Indian Medical Review
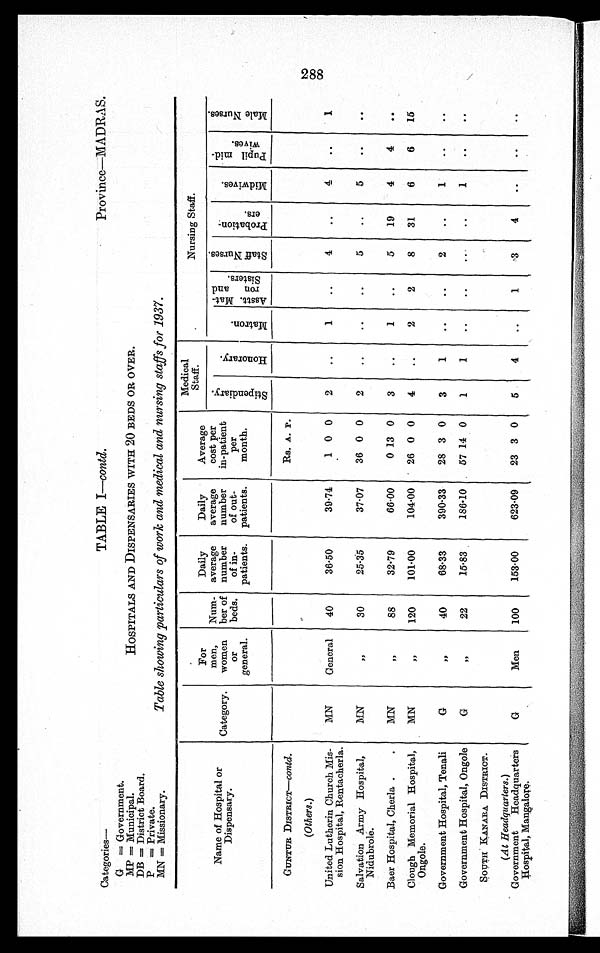
Lady Goschen Hospital, Man-
galore.
(Others.)
G
Women
60
97-25
260.85
29 2 0
2
1
..
..
3
. .
2
9
. .
Government Hospital, Udipi.
G
General
30
44.07
227.48
31 10 7
2
1
. .
. .
1
..
1
..
..
Government Hospital, Puttur.
G
„
20
19.00
116.91
52 8 5
2
..
..
..
..
..
1
..
. .
KISTNA DISTRICT.
(At Headquarters.)
Government Headquarters
Hospital, Masulipatam.
(Others.)
G
General
109
179.01
238.33
18 0 8
5
..
..
..
7
..
2
..
..
Government Hospital, Bez-
wada.
G
"
53
51.93
244.15
40 11 0
3
. . ..
..
2
..
1
. .
. .
Mission Hospital, Vuyyur.
MN
Women
50
37.00
37.00
120 0 0
2
..
1
..
4
..
1
..
..
Mission Hospital, Nuzvid.
MN
General
45
26.00
20.00
90 0 0
2
..
1
1
2
16
..
. .
. .
KURNOOL DISTRICT.
(At Headquarters.)
Government Headquarters
Hospital, Kurnool.
G
100
109.18
163.70
31 12 1
5
1
..
..
a 6
..
1
..
..
St. Teresa Hospital, Kurnool
MN
Women
40
40.00
150.00
..
1
. .
. . 6
a 6
3
9
3
..